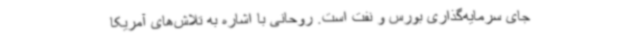
جای سرمایه‌گذاری بورس و نفت است. روحانی با اشاره به تلاش‌های آمریکا